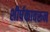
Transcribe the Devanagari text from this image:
शीर्षकावरून